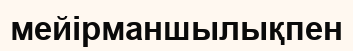
мейірманшылықпен